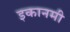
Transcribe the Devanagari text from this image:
इकानमी